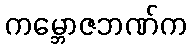
ကမ္ဘောဇဘဏ်က